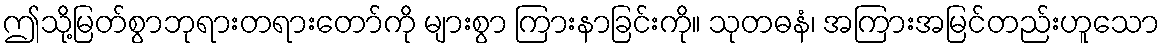
ဤသို့မြတ်စွာဘုရားတရားတော်ကို များစွာ ကြားနာခြင်းကို။ သုတဓနံ၊ အကြားအမြင်တည်းဟူသော